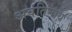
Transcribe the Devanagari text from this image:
अवंतिनाथ